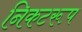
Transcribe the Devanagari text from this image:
निकटरूप